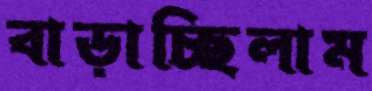
বাড়াচ্ছিলাম